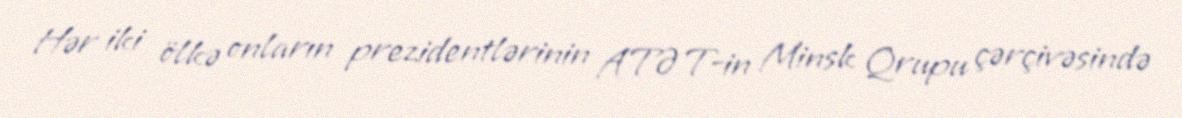
Hər iki ölkə onların prezidentlərinin ATƏT-in Minsk Qrupu çərçivəsində